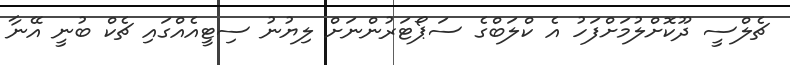
ޗެލްސީ ދޫކޮށްލުމަށްފަހު އެ ކްލަބްގެ ސަޕޯޓަރުންނަށް ލިޔުނު ސިޓީއެއްގައި ޗެކް ބުނީ އޭނާ